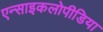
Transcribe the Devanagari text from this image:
एन्साइकलोपीडिया